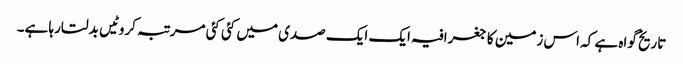
تاریخ گواہ ہے کہ اس زمین کا جغرافیہ ایک ایک صدی میں کئی کئی مرتبہ کروٹیں بدلتارہا ہے۔